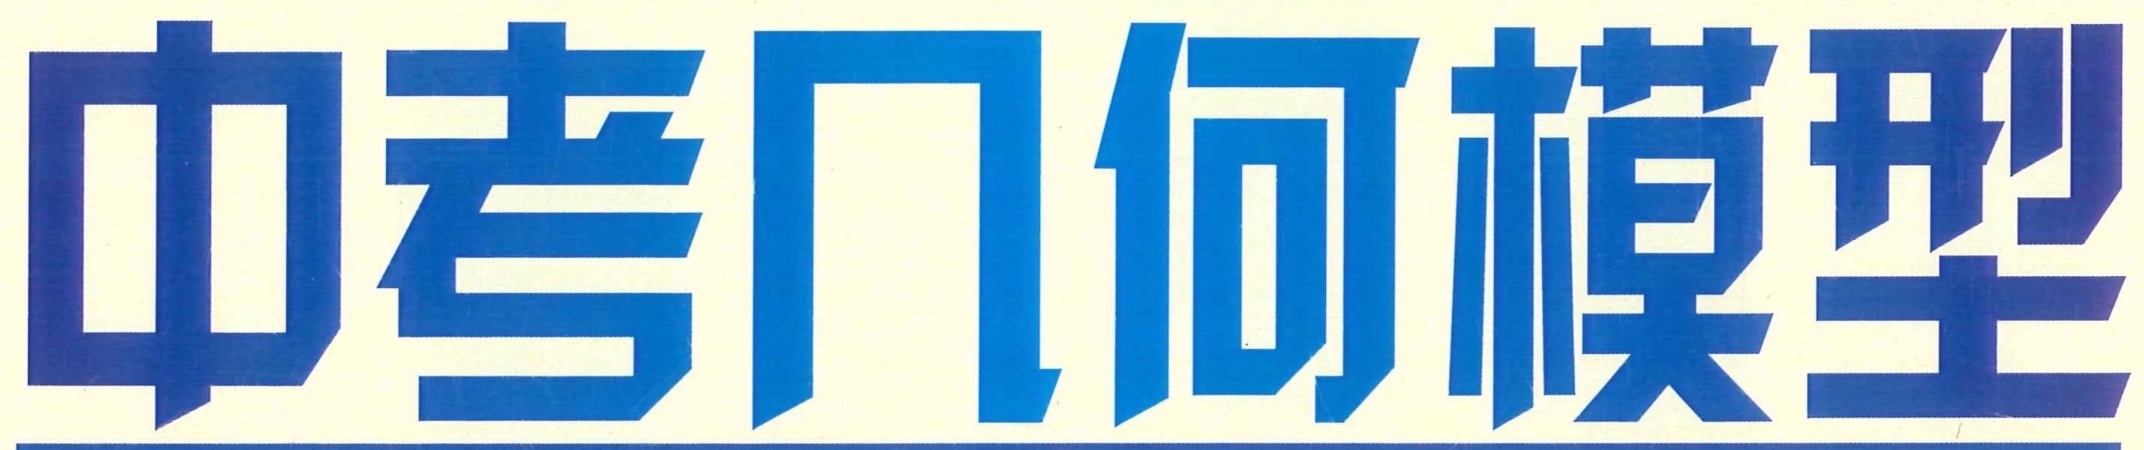
中考几何模型